画像に写った文字を読んでください
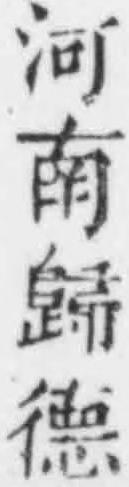
「河南歸德」と書いてあります